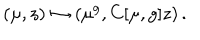
LaTeX: ( \mu , z ) \mapsto ( \mu ^ { g } , C [ \mu , g ] z ) \, .